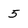
Character: 5